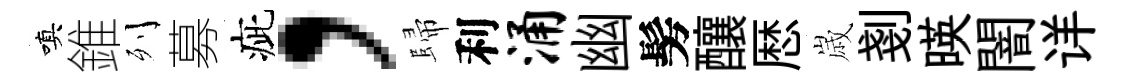
嗔錐列募疵，歸利涌幽髣釀厯𡻕剗暎闇详